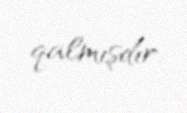
qalmışdır.